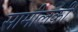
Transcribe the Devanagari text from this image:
सामीलकी